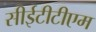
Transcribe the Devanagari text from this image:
सीईटीटीएम